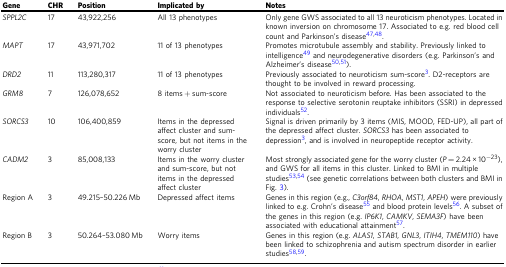
<table><thead><tr><td><b>Gene</b></td><td><b>CHR</b></td><td><b>Position</b></td><td><b>Implicated by</b></td><td><b>Notes</b></td></tr></thead><tbody><tr><td><i>SPPL2C</i></td><td>17</td><td>43,922,256</td><td>All 13 phenotypes</td><td>Only gene GWS associated to all 13 neuroticism phenotypes. Located in known inversion on chromosome 17. Associated to e.g. red blood cell count and Parkinson’s disease<sup>47,48</sup>.</td></tr><tr><td><i>MAPT</i></td><td>17</td><td>43,971,702</td><td>11 of 13 phenotypes</td><td>Promotes microtubule assembly and stability. Previously linked to intelligence<sup>49</sup> and neurodegenerative disorders (e.g. Parkinson’s and Alzheimer’s disease<sup>50,51</sup>).</td></tr><tr><td><i>DRD2</i></td><td>11</td><td>113,280,317</td><td>11 of 13 phenotypes</td><td>Previously associated to neuroticism sum-score<sup>3</sup>. D2-receptors are thought to be involved in reward processing.</td></tr><tr><td><i>GRM8</i></td><td>7</td><td>126,078,652</td><td>8 items + sum-score</td><td>Not associated to neuroticism before. Has been associated to the response to selective serotonin reuptake inhibitors (SSRI) in depressed individuals<sup>52</sup>.</td></tr><tr><td><i>SORCS3</i></td><td>10</td><td>106,400,859</td><td>Items in the depressed affect cluster and sum-score, but not items in the worry cluster</td><td>Signal is driven primarily by 3 items (MIS, MOOD, FED-UP), all part of the depressed affect cluster. <i>SORCS3</i> has been associated to depression<sup>3</sup>, and is involved in neuropeptide receptor activity.</td></tr><tr><td><i>CADM2</i></td><td>3</td><td>85,008,133</td><td>Items in the worry cluster and sum-score, but not items in the depressed affect cluster</td><td>Most strongly associated gene for the worry cluster (<i>P</i> = 2.24 × 10<sup>−23</sup>), and GWS for all items in this cluster. Linked to BMI in multiple studies<sup>53,54</sup> (see genetic correlations between both clusters and BMI in Fig. 3).</td></tr><tr><td>Region A</td><td>3</td><td>49.215–50.226 Mb</td><td>Depressed affect items</td><td>Genes in this region (e.g., <i>C3orf84</i>, <i>RHOA</i>, <i>MST1</i>, <i>APEH</i>) were previously linked to e.g. Crohn’s disease<sup>55</sup> and blood protein levels<sup>56</sup>. A subset of the genes in this region (e.g. <i>IP6K1</i>, <i>CAMKV</i>, <i>SEMA3F</i>) have been associated with educational attainment<sup>57</sup>.</td></tr><tr><td>Region B</td><td>3</td><td>50.264–53.080 Mb</td><td>Worry items</td><td>Genes in this region (e.g. <i>ALAS1</i>, <i>STAB1</i>, <i>GNL3</i>, <i>ITIH4</i>, <i>TMEM110</i>) have been linked to schizophrenia and autism spectrum disorder in earlier studies<sup>58,59</sup>.</td></tr></tbody></table>